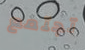
تجتمع